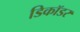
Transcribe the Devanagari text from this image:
डिकॉडर